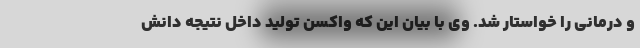
و درمانی را خواستار شد. وی با بیان این که واکسن تولید داخل نتیجه دانش